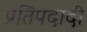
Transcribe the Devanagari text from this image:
प्रतिपदादी